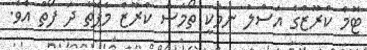
ޓޮމް ކްރޫޒްގެ އަސްލު ނަމަކީ ތޯމަސް ކްރޫޒް މެޕޮތާ ދަ ފޯތް އެވެ.